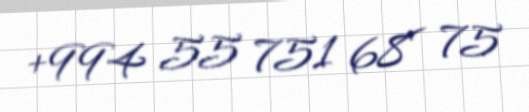
+994 55 751 68 75